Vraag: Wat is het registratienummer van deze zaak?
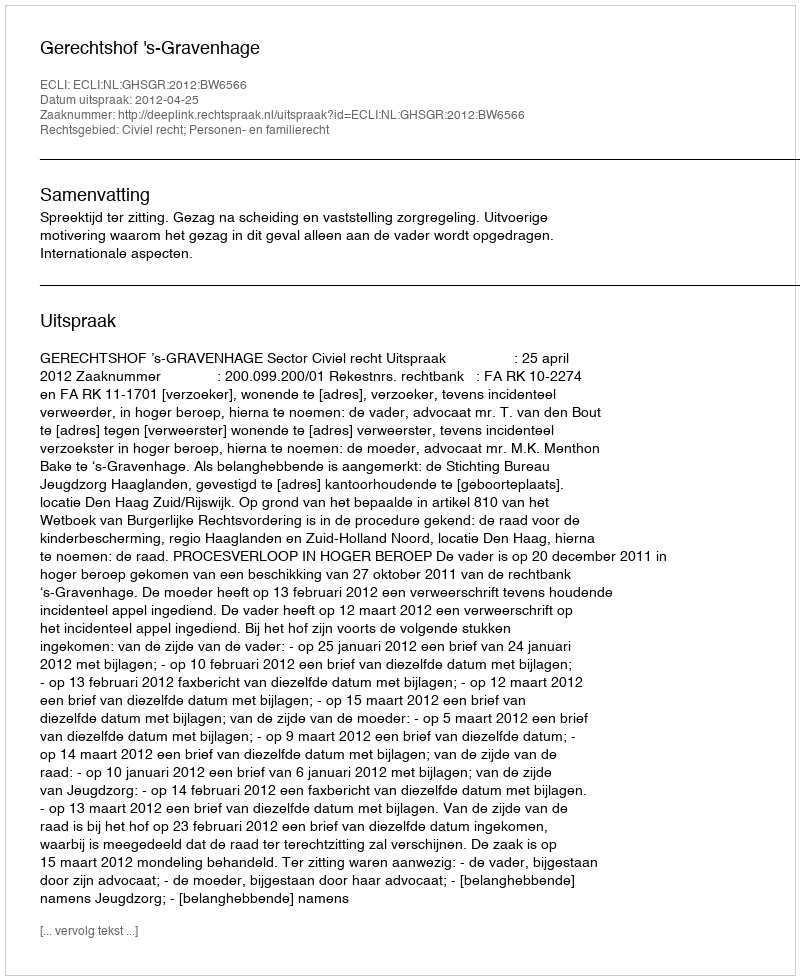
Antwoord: http://deeplink.rechtspraak.nl/uitspraak?id=ECLI:NL:GHSGR:2012:BW6566